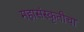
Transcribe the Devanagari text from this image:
महासंस्कृतीचा